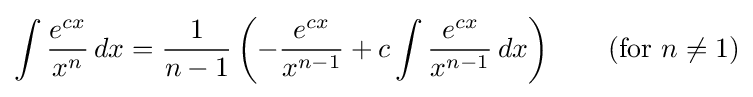
\int {\frac {e^{cx}}{x^{n}}}\,dx={\frac {1}{n-1}}\left(-{\frac {e^{cx}}{x^{n-1}}}+c\int {\frac {e^{cx}}{x^{n-1}}}\,dx\right)\qquad {\text{(for }}n\neq 1{\text{)}}